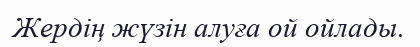
Жердің жүзін алуға ой ойлады.